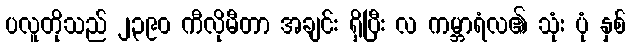
ပလူတိုသည် ၂၃၉၀ ကီလိုမီတာ အချင်း ရှိပြီး လ ကမ္ဘာရံလ၏ သုံး ပုံ နှစ်